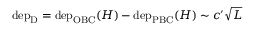
\begin{array} { r } { \mathrm { d e p } _ { \mathrm { D } } = \mathrm { d e p } _ { \mathrm { O B C } } ( H ) - \mathrm { d e p } _ { \mathrm { P B C } } ( H ) \sim c ^ { \prime } \sqrt { L } } \end{array}